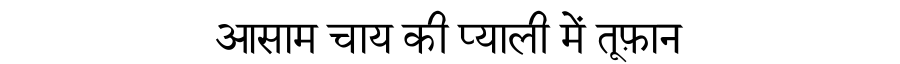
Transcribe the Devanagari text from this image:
आसाम चाय की प्याली में तूफ़ान